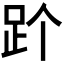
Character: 𬦡